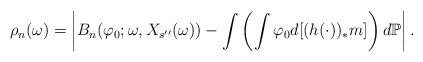
\begin{align*}\rho _n(\omega) = \left\vert B_{n} (\varphi _0 ;\omega , X_{s^{\prime \prime}}(\omega)) -\int \left(\int \varphi _0d[(h(\cdot ))_*m] \right)d\mathbb P \right\vert .\end{align*}